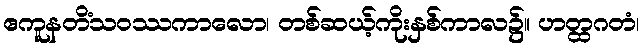
ဧကူနတိံသဝဿကာလော၊ တစ်ဆယ့်ကိုးနှစ်ကာလ၌။ ဟတ္ထဂတံ၊